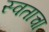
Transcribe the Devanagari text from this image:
स्वताचा